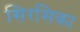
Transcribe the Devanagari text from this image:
सिरसिका